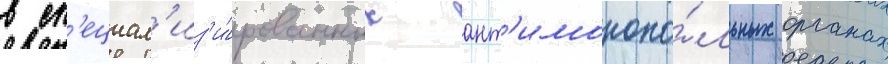
в сп'ециал'из'и́рованных ант'имонопо́льных органах